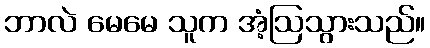
ဘာလဲ မေမေ သူက အံ့ဩသွားသည်။